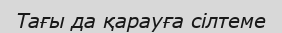
Тағы да қарауға сілтеме